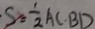
S = \frac { 1 } { 2 } A C \cdot B D